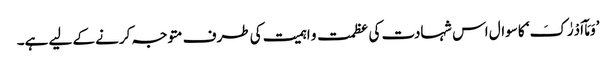
’وَمَآ اَدْرٰکَ‘ کا سوال اس شہادت کی عظمت و اہمیت کی طرف متوجہ کرنے کے لیے ہے۔